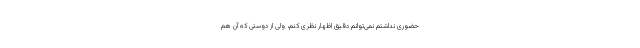
حضوری نداشتم نمی‌توانم دقیق اظهار نظری کنم، ولی از دوستی که آن هم